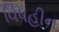
વિષહીન